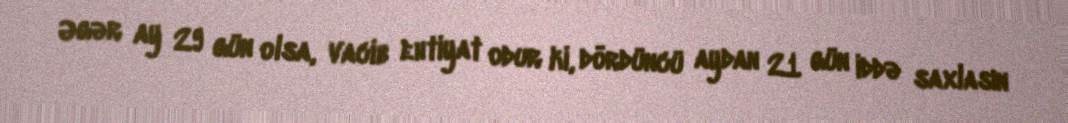
Əgər ay 29 gün olsa, vacib ehtiyat odur ki, dördüncü aydan 21 gün iddə saxlasın